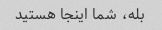
بله، شما اینجا هستید